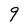
Character: 9